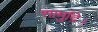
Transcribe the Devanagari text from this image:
सामुद्रि।